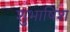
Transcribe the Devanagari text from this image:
शुभाषिश